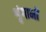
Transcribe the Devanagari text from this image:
शृंगाभों